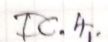
IC.4.